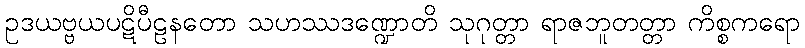
ဥဒယဗ္ဗယပဋိပီဠနတော သဟဿဒဏ္ဍောတိ သုဂုတ္တာ ရာဇဘူတတ္တာ ကိစ္စကရော